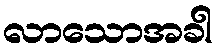
လာသောအခါ